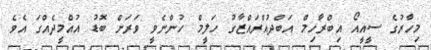
މިހާރުގެ ސީއީއޯ އިބްރާހިމް އަބްދުއްރައްޒާގު ހަލީމް ހުންނެވީ ވަރަށް ބޮޑު އުއްމީދެއްގަ އެވެ.